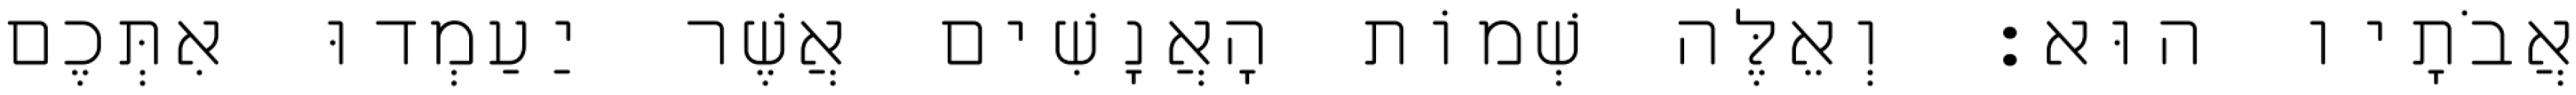
אֲבֹתָיו הוּא׃ וְאֵלֶּה שְׁמוֹת הָאֲנָשִׁים אֲשֶׁר יַעַמְדוּ אִתְּכֶם